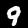
Digit: 9